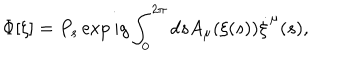
\Phi [ \xi ] = P _ { s } \exp i g \int _ { 0 } ^ { 2 \pi } d s A _ { \mu } ( \xi ( s ) ) \dot { \xi } ^ { \mu } ( s ) ,